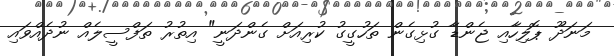
މަނަދޫ ޕޮލިހާއި ޖެންޑާ ގުޅިގެން ތަހުގީގު ކުރިއަށް ގެންދަނީ" އިތުރު ތަފްސީލެއް ނުދެއްވައި